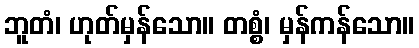
ဘူတံ၊ ဟုတ်မှန်သော။ တစ္စံ၊ မှန်ကန်သော။